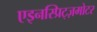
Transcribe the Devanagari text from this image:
एइनस्प्रिट्ज़मोटर